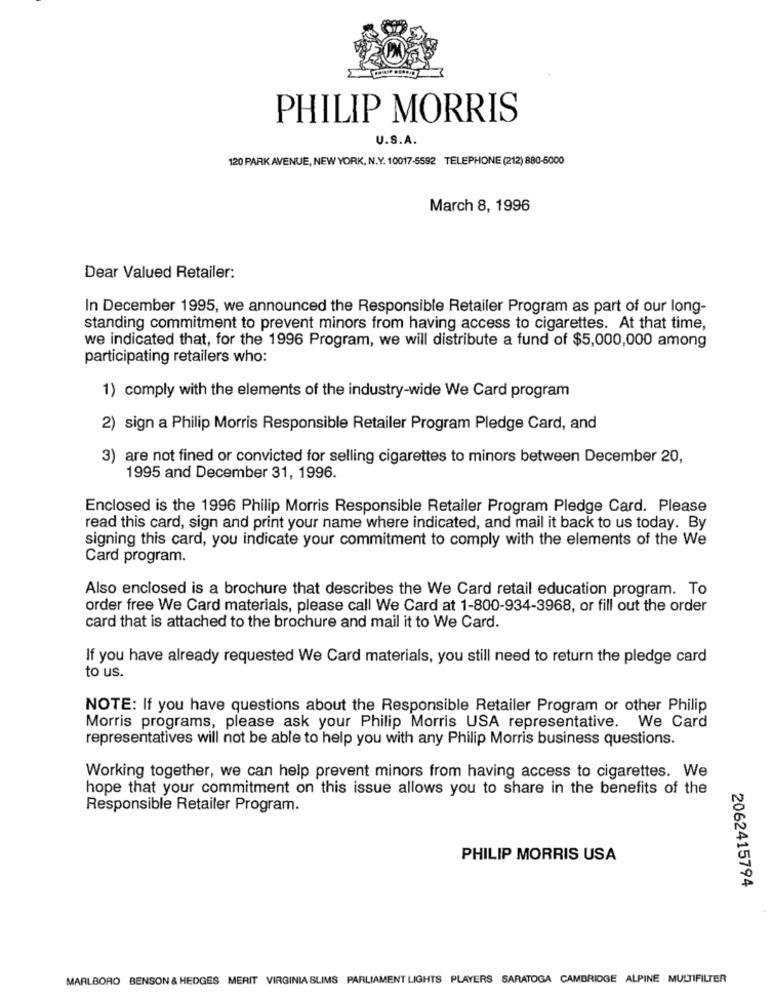
PHILIP MORRIS
U.S.A.
120 PARK AVENUE, NEW YORK, N.Y. 10017-5592 TELEPHONE (212) 880-5000
March 8, 1996
Dear Valued Retailer:
In December 1995, we announced the Responsible Retailer Program as part of our long-
standing commitment to prevent minors from having access to cigarettes. At that time,
we indicated that, for the 1996 Program, we will distribute a fund of $5,000,000 among
participating retailers who:
1) comply with the elements of the industry-wide We Card program
2) sign a Philip Morris Responsible Retailer Program Pledge Card, and
3) are not fined or convicted for selling cigarettes to minors between December 20,
1995 and December 31, 1996.
Enclosed is the 1996 Philip Morris Responsible Retailer Program Pledge Card. Please
read this card, sign and print your name where indicated, and mail it back to us today. By
signing this card, you indicate your commitment to comply with the elements of the We
Card program.
Also enclosed is a brochure that describes the We Card retail education program. To
order free We Card materials, please call We Card at 1-800-934-3968, or fill out the order
card that is attached to the brochure and mail it to We Card.
If you have already requested We Card materials, you still need to return the pledge card
to us.
NOTE: If you have questions about the Responsible Retailer Program or other Philip
Morris programs, please ask your Philip Morris USA representative. We Card
representatives will not be able to help you with any Philip Morris business questions.
Working together, we can help prevent minors from having access to cigarettes. We
hope that your commitment on this issue allows you to share in the benefits of the
Responsible Retailer Program.
PHILIP MORRIS USA
2062415794
MARLBORO BENSON & HEDGES MERIT VIRGINIA SLIMS PARLIAMENT LIGHTS PLAYERS SARATOGA CAMBRIDGE ALPINE MULTIFILTER